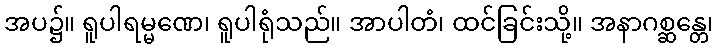
အပ၌။ ရူပါရမ္မဏေ၊ ရူပါရုံသည်။ အာပါတံ၊ ထင်ခြင်းသို့။ အနာဂစ္ဆန္တေ၊